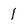
Character: 1